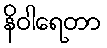
နိဝါရေတာ